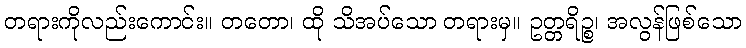
တရားကိုလည်းကောင်း။ တတော၊ ထို သိအပ်သော တရားမှ။ ဥတ္တရိဉ္စ၊ အလွန်ဖြစ်သော